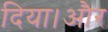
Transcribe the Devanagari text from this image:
दिया।और